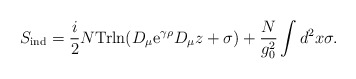
\begin{align*}S_{\rm ind}= {i \over 2}N{\rm Trln} (D_{\mu}{\rm e}^{\gamma\rho}D_{\mu}z+\sigma) +{N \over g^2_0}\int d^2x \sigma. \end{align*}